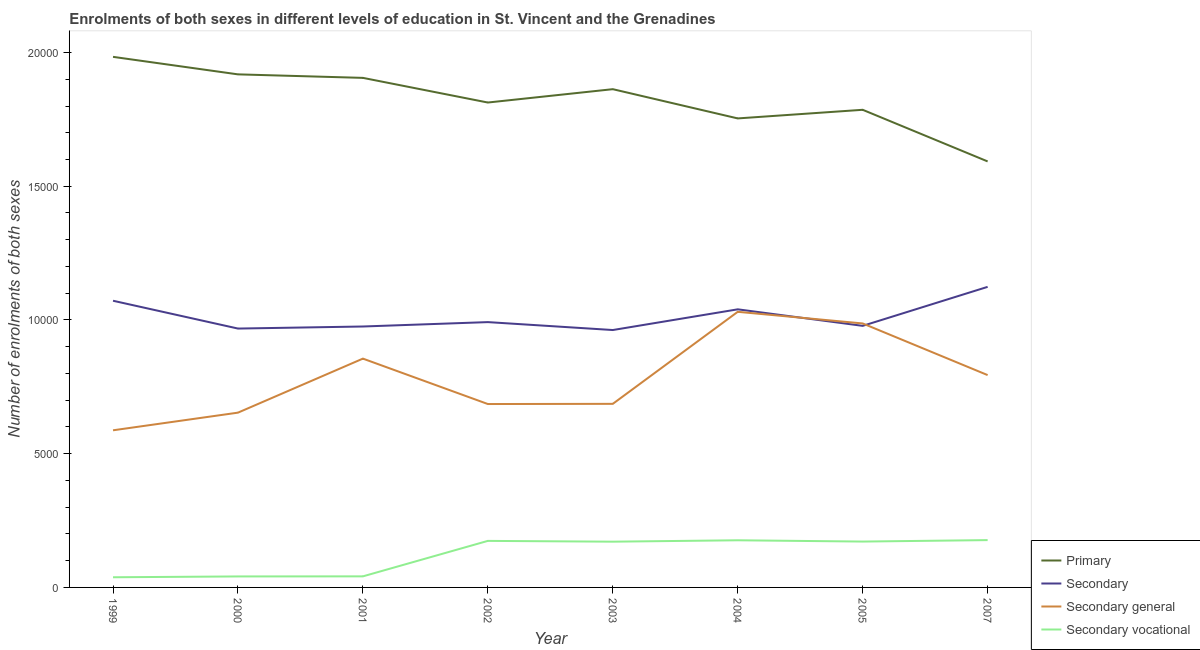
| Year | Primary | Secondary | Secondary general | Secondary vocational |
 | --- | --- | --- | --- | --- |
 | 1999 | 1.98e+04 | 1.07e+04 | 5.88e+03 | 380 |
 | 2000 | 1.92e+04 | 9.68e+03 | 6.54e+03 | 411 |
 | 2001 | 1.91e+04 | 9.76e+03 | 8.56e+03 | 414 |
 | 2002 | 1.81e+04 | 9.92e+03 | 6.86e+03 | 1.74e+03 |
 | 2003 | 1.86e+04 | 9.62e+03 | 6.86e+03 | 1.71e+03 |
 | 2004 | 1.75e+04 | 1.04e+04 | 1.03e+04 | 1.76e+03 |
 | 2005 | 1.79e+04 | 9.78e+03 | 9.87e+03 | 1.72e+03 |
 | 2007 | 1.59e+04 | 1.12e+04 | 7.94e+03 | 1.77e+03 |